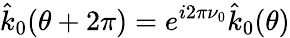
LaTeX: \hat{k}_{0}(\theta+2\pi)=e^{i2\pi\nu_{0}}\hat{k}_{0}(\theta)